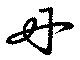
丹